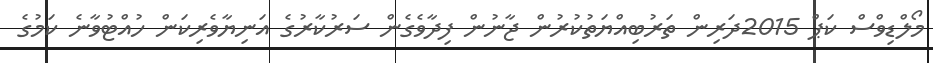
މޯލްޑިވްސް ކަޕް 2015ދަރިން ތަރުބިއްޔަތުކުރުން ޖާނުން ފިދާވެގެން ސަރުކާރުގެ އަނިޔާވެރިކަން ހުއްޓުވާނެ ކަމުގެ